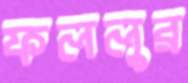
ফললুর